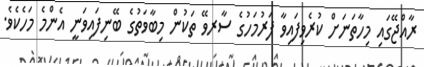
ރާއްޖޭގައި މިހާތަނަށް ކުރެވިފައިވާ ފަރުމަހުގެ ސާރވޭ ތަކުން މިބާވަތުގެ ބޭނިފައިވަނީ އެންމެ މަހެކެވެ.